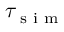
\tau _ { \scriptsize { \mathrm { ~ s ~ i ~ m ~ } } }